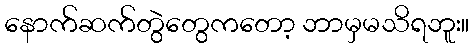
နောက်ဆက်တွဲတွေကတော့ ဘာမှမသိရဘူး။